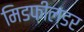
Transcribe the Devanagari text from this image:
मिडफ़ील्डर